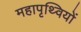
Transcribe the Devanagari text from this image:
महापृथ्वियों